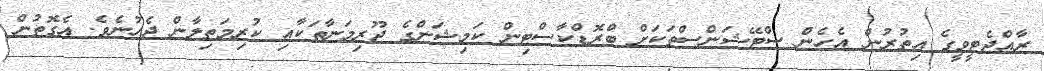
ރާއްޖެޓީވީގެ އިތުރުން އެހެން ސްޓޭޝަންސްތަކަށް ބްރޮޑްކާސްޓިން ކަމިޝަންގެ ޖޫރިމަނާތަކާއި ކުރިމަތިލާން ޖެހުނެވެ. އެގޮތުން